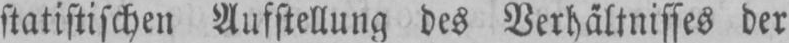
statistischen Aufstellung des Verhältnisses der